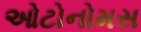
ઓટોનોમસ